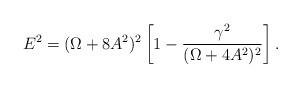
LaTeX: \begin{align*}E^2 = (\Omega + 8 A^2)^2 \left[ 1 - \frac{\gamma^2}{(\Omega + 4 A^2)^2} \right].\end{align*}